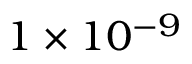
1 \times 1 0 ^ { - 9 }